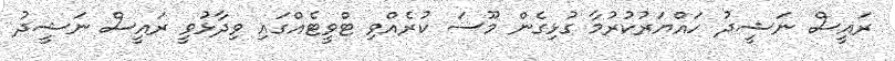
ރައީސް ނަޝީދު ހައްޔަރުކުރުމާ ގުޅިގެން މޫސަ ކުރެއްވި ޓްވީޓެއްގައި ވިދާޅުވީ ރައީސް ނަޝީދު